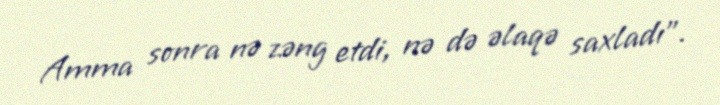
Amma sonra nə zəng etdi, nə də əlaqə saxladı".